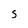
Character: S